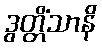
ဒွတ္တိံသာနိ